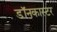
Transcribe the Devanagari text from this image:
डॉनकास्टर